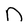
Character: n